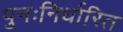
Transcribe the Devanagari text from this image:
पुनःनिर्धारित